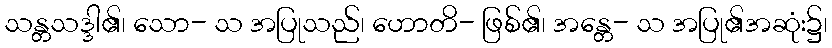
သန္တသဒ္ဒါ၏၊ သော- သ အပြုသည်၊ ဟောတိ- ဖြစ်၏၊ အန္တေ- သ အပြု၏အဆုံး၌၊